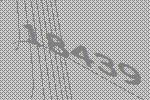
18439